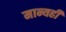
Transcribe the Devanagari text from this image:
मान्यही